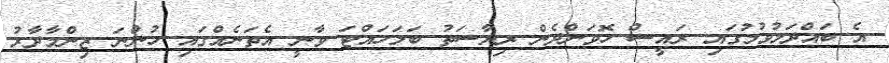
އެ ބައްދަލުވުމުގައި ރައީސް ހޮވަންދެން ރިޔާސަތު ބަލަހައްޓަ ވާނީ އެތަނެއްގައި ހުންނަ ޒިންމާދާރު